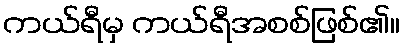
ကယ်ရီမှ ကယ်ရီအစစ်ဖြစ်၏။